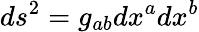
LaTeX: ds^{2}=g_{ab}dx^{a}dx^{b}